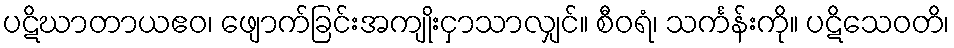
ပဋိဃာတာယဧဝ၊ ဖျောက်ခြင်းအကျိုးငှာသာလျှင်။ စီဝရံ၊ သင်္ကန်းကို။ ပဋိသေဝတိ၊